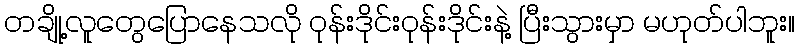
တချို့လူတွေပြောနေသလို ဝုန်းဒိုင်းဝုန်းဒိုင်းနဲ့ ပြီးသွားမှာ မဟုတ်ပါဘူး။